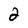
Character: 2